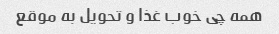
همه چی خوب غذا و تحویل به موقع